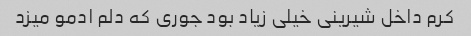
کرم داخل شیرینی خیلی زیاد بود جوری که دلم ادمو میزد